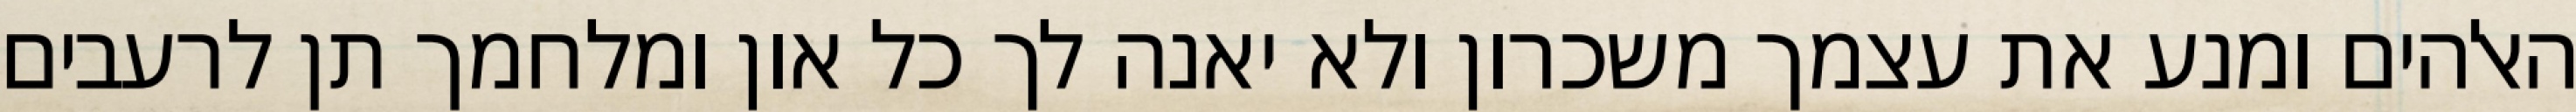
האלהים ומנע את עצמך משכרון ולא יאנה לך כל און ומלחמך תן לרעבים